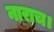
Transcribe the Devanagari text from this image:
नाराच।